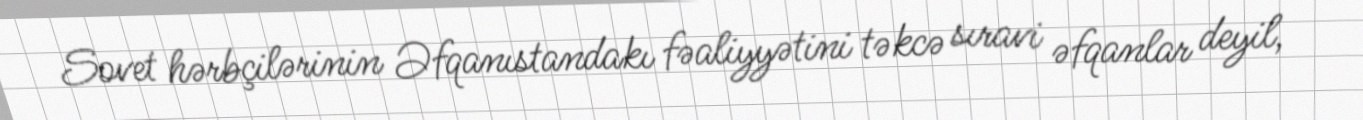
Sovet hərbçilərinin Əfqanıstandakı fəaliyyətini təkcə sıravi əfqanlar deyil,